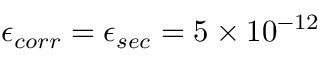
\epsilon _ { c o r r } = \epsilon _ { s e c } = 5 \times 1 0 ^ { - 1 2 }